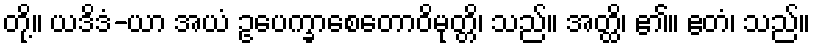
တို့။ ယဒိဒံ-ယာ အယံ ဥပေက္ခာစေတောဝိမုတ္တိ၊ သည်။ အတ္ထိ၊ ၏။ ဧတံ၊ သည်။